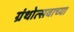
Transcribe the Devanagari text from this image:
ग्रंथोत्सवाच्या